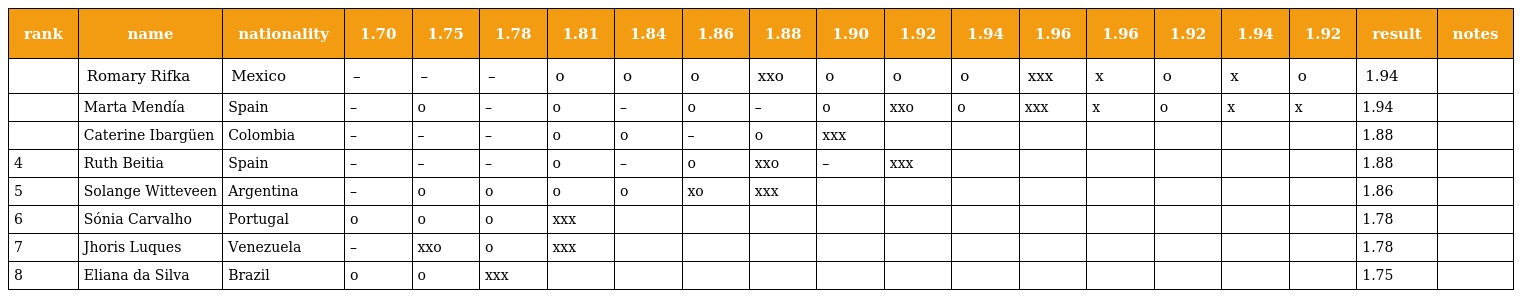
| rank | name | nationality | 1.70 | 1.75 | 1.78 | 1.81 | 1.84 | 1.86 | 1.88 | 1.90 | 1.92 | 1.94 | 1.96 | 1.96 | 1.92 | 1.94 | 1.92 | result | notes |
 | --- | --- | --- | --- | --- | --- | --- | --- | --- | --- | --- | --- | --- | --- | --- | --- | --- | --- | --- | --- |
 |  | Romary Rifka | Mexico | – | – | – | o | o | o | xxo | o | o | o | xxx | x | o | x | o | 1.94 |  |
 |  | Marta Mendía | Spain | – | o | – | o | – | o | – | o | xxo | o | xxx | x | o | x | x | 1.94 |  |
 |  | Caterine Ibargüen | Colombia | – | – | – | o | o | – | o | xxx |  |  |  |  |  |  |  | 1.88 |  |
 | 4 | Ruth Beitia | Spain | – | – | – | o | – | o | xxo | – | xxx |  |  |  |  |  |  | 1.88 |  |
 | 5 | Solange Witteveen | Argentina | – | o | o | o | o | xo | xxx |  |  |  |  |  |  |  |  | 1.86 |  |
 | 6 | Sónia Carvalho | Portugal | o | o | o | xxx |  |  |  |  |  |  |  |  |  |  |  | 1.78 |  |
 | 7 | Jhoris Luques | Venezuela | – | xxo | o | xxx |  |  |  |  |  |  |  |  |  |  |  | 1.78 |  |
 | 8 | Eliana da Silva | Brazil | o | o | xxx |  |  |  |  |  |  |  |  |  |  |  |  | 1.75 |  |